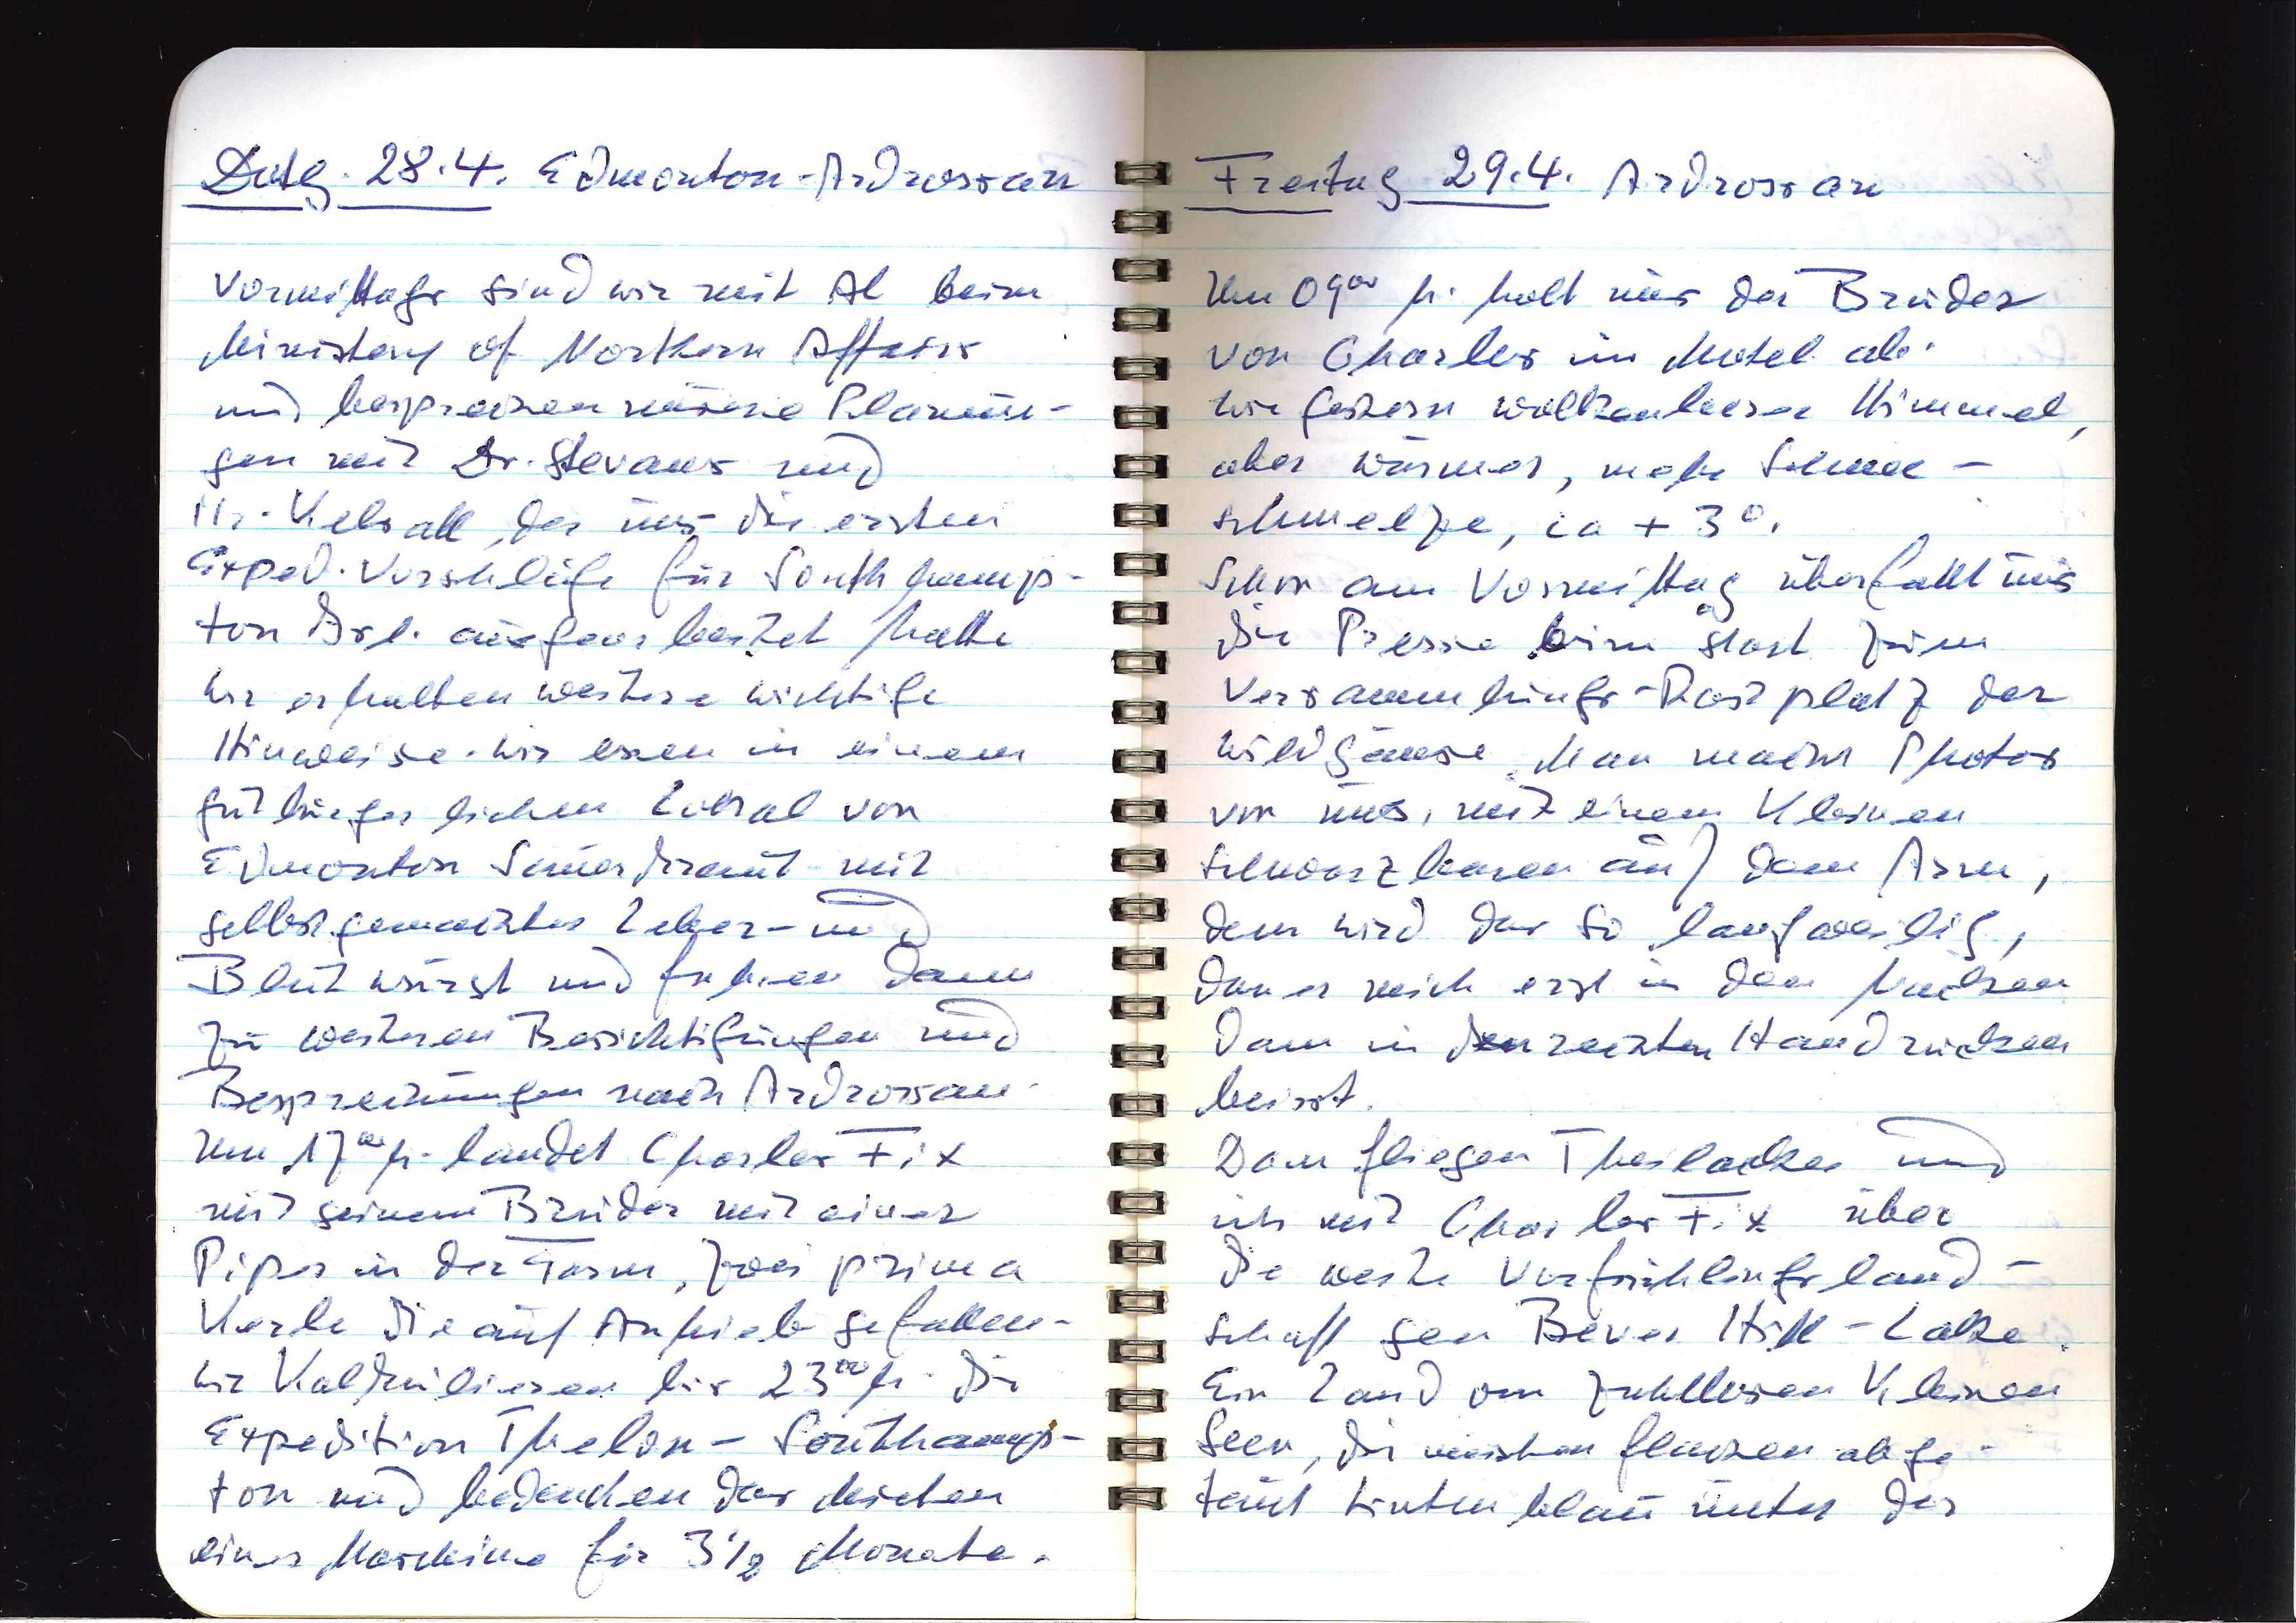
Dotg. 28.4. Edmonton — Ardrossan
Vormittags sind wir mit Al beim
Ministry of Northern Affairs
und besprechen unsere Planun¬
gen mit Dr. Stevans und
Hr. Keball, der uns die ersten
Exped. Vorschläge für Southamp¬
ton Isl. ausgearbeitet hatte.
Wir erhalten weitere wichtige
Hinweise. Wir essen in einem
gutbürgerlichen Lokal von
Edmonton Sauerkraut mit
selbstgemachter Leber- und
Blutwurst und fahren dann
zu weiteren Besichtigungen und
Besprechungen nach Ardrossan.
Um 1700 h. landet Charles Fix
mit seinem Bruder mit einer
Piper in der Farm. Zwei prima
Kerle die auf Anhieb gefallen.
Wir kalkulieren bis 2300 h. die
Expedition Thelon — Southamp¬
ton und bedenken das Mieten
einer Maschine für 3 ½ Monate.

Freitag 29.4. Ardrossan
Um 0900 h. holt uns der Bruder
von Charles im Motel ab.
Wie gestern wolkenleerer Himmel,
aber wärmer, mehr Schnee¬
schmelze, ca +3°.
Schon am Vormittag überfällt uns
die Presse beim Start zum
Versammlungs-Rastplatz der
Wildgänse. Man macht Photos
von uns, mit einem kleinen
Schwarzbären auf dem Arm,
dem wird das so langweilig,
dass er mich erst in den Nacken,
dann in den rechten Handrücken
beisst.
Dann fliegen Theilacker und
ich mit Charles Fix über
die weite Vorfrühlingsland
schaft gen Beaver Hill-Lake.
Ein Land von zahllosen kleinen
Seen, die meisten Pflanzen abge¬
taut hinten blau unter der